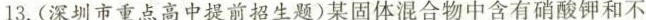
13.(深圳市重点高中提前招生题)某固体混合物中含有硝酸钾和不